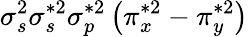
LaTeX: \sigma_{s}^{2}\sigma_{s}^{*2}\sigma_{p}^{*2}\left(\pi_{x}^{*2}-\pi_{y}^{*2}\right)